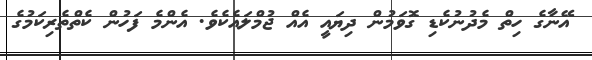
އޭނާގެ ހިތް މެދުނުކެޑި ގޮވަމުން ދިޔައީ އެއް ޖުމްލައެކެވެ. އެންމެ ފަހުން ކެތްތެރިކަމުގެ